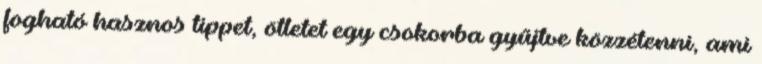
fogható hasznos tippet, ötletet egy csokorba gyűjtve közzétenni, ami